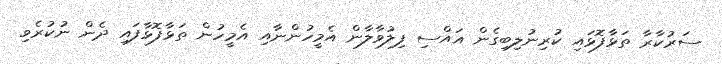
ސަރުކާރާ ތަޅާފޮޅައި ކުރިނުލިބިގެން އައްސި ފިލުވާލާން އެމީހުންނާއި އެމީހުން ތަޅާފޮޅާފައި ދެން ނުކުރެވި